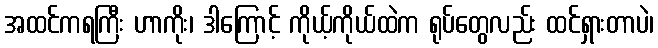
အထင်ကရကြီး ဟာကိုး၊ ဒါကြောင့် ကိုယ့်ကိုယ်ထဲက ရုပ်တွေလည်း ထင်ရှားတာပဲ၊